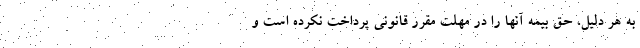
به هر دلیل، حق بیمه آنها را در مهلت مقرر قانونی پرداخت نکرده است و